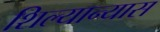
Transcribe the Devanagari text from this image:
शिल्यान्यास